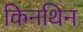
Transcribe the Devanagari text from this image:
किनथिन